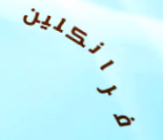
فرانكلين